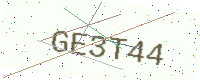
Text: GE3T44